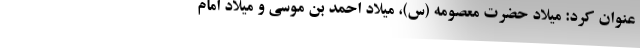
عنوان کرد: میلاد حضرت معصومه (س)، میلاد احمد بن موسی و میلاد امام